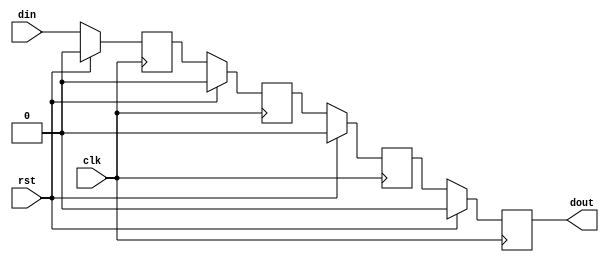
module shiftreg4_behav (
  clk,
  rst,
  din,
  dout
);

  input          clk;
  input          rst;
  input          din;
  output         dout;

  wire           dout;

  reg            q0;
  reg            q1;
  reg            q2;
  reg            q3;

  always @( posedge clk ) begin
    if ( rst ) begin
       q3 <= 1'b0;
       q2 <= 1'b0;
       q1 <= 1'b0;
       q0 <= 1'b0;
    end
    else begin
       q3 <= q2;
       q2 <= q1;
       q1 <= q0;
       q0 <= din;
       // { q3, q2, q1, q0 } <=  { q2, q1, q0, din };
    end
  end

  assign dout = q3;

endmodule

/*
//
// The second description method
//
module shiftreg4 (
  clk,
  rst,
  din,
  dout
);

  input          clk;
  input          rst;
  input          din;
  output         dout;

  wire           dout;

  reg  [3:0]     q;

  always @( posedge clk ) begin
    if ( rst ) begin
      q <= 4'b0000;
    end
    else begin
      q <=  { q[2:0], din };
    end
  end

  assign dout = q[3];

endmodule

*/